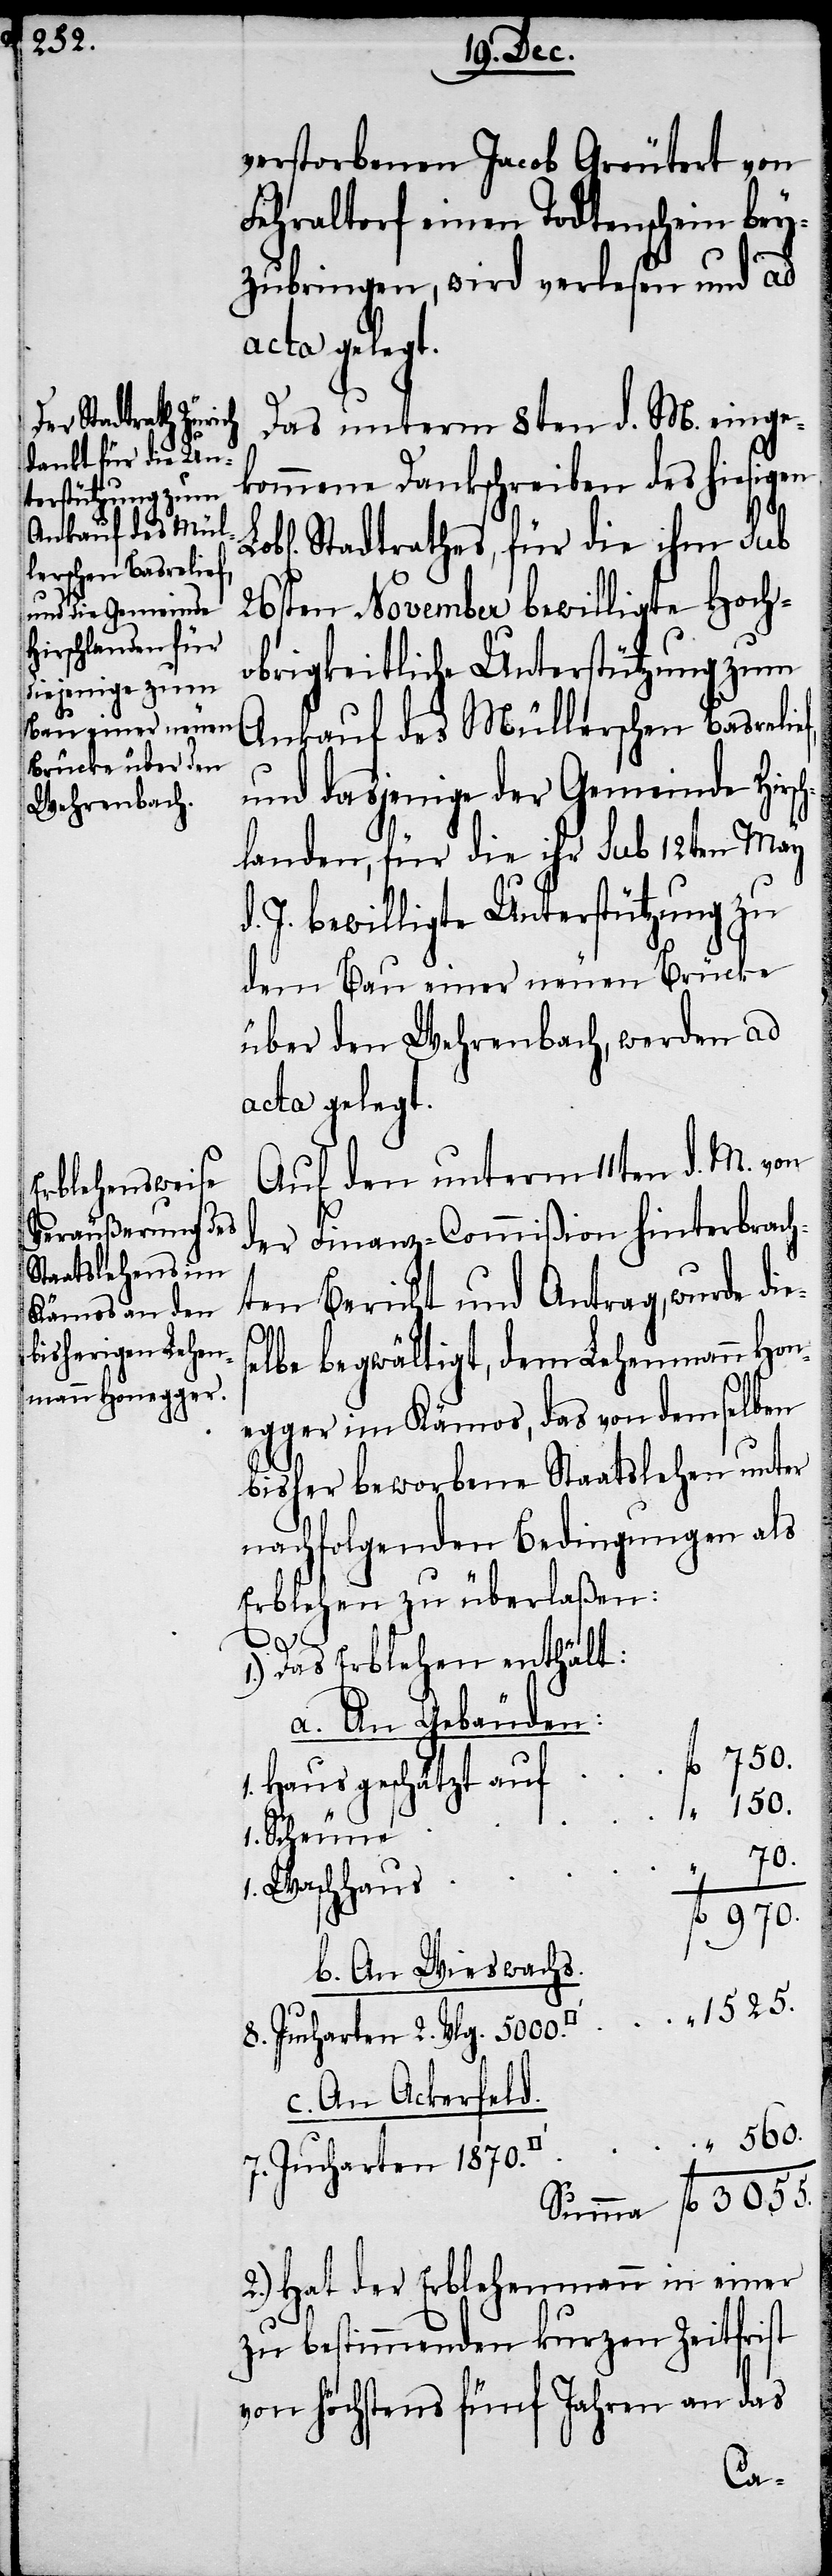
verstorbenen Jacob Greutert von
Fehraltorf einen Todtenschein bey¬
zubringen, wird verlesen und ad
acta gelegt.
Das unterm 8ten d. M. einge¬
kommene Dankschreiben des hiesigen
Stadtrathes, für die ihm sub
26sten November bewilligte Hoch¬
obrigkeitliche Unterstützung zum
Ankauf des Müllerschen Basreli¬
und dasjenige der Gemeinde Hirsch¬
landen, für die ihr sub 12ten May
J. bewilligte Unterstützung zu
dem Bau einer neuen Brücke
über den Wehrenbach, werden ad
acta gelegt.
Auf den unterm 11ten d. M. von
der Finanz-Commißion hinterbrach¬
ten Bericht und Antrag, wurde die¬
lbe begwältigt, dem Lehenmann Hon¬
egger im Kämos, das von demselben
bisher beworbene Staatslehen unter
nachfolgenden Bedingungen als
Erblehen zu überlaßen:
3055.
Das Erblehen enthält:
a. An Gebäuden:
Haus geschätzt auf
1. Scheune
970.
Waschhaus
b. An Wieswachs.
8. Jucharten 2. Vlg. 5000.
c. An Ackerfeld.
7. Jucharten 1870.
2.) Hat der Erblehenmann in einer
zu bestimmenden kurzen Zeitfrist
von höchstens fünf Jahren an das
se¬